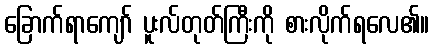
ခြောက်ရာကျော် ပူးလ်တုတ်ကြီးကို စားလိုက်ရလေ၏။